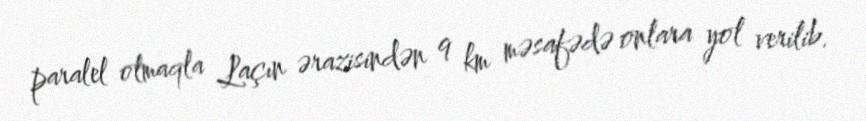
paralel olmaqla Laçın ərazisindən 9 km məsafədə onlara yol verilib.